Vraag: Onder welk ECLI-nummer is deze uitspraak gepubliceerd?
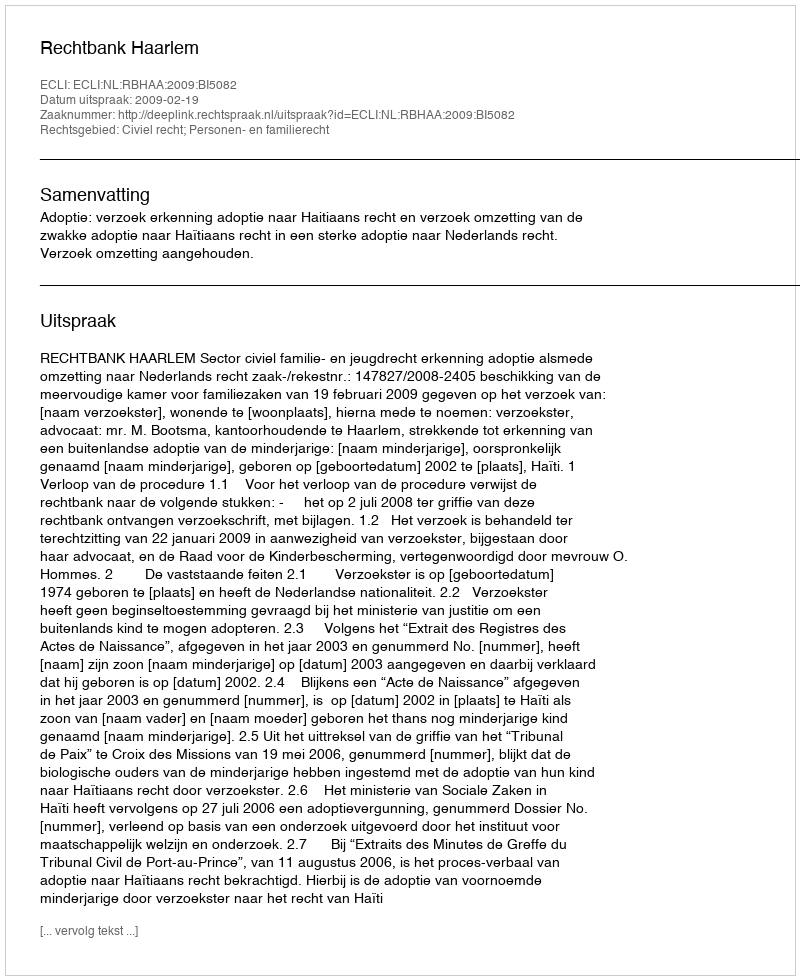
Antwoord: ECLI:NL:RBHAA:2009:BI5082